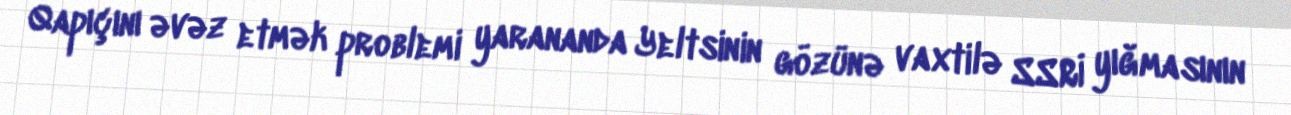
Qapıçını əvəz etmək problemi yarananda Yeltsinin gözünə vaxtilə SSRİ yığmasının